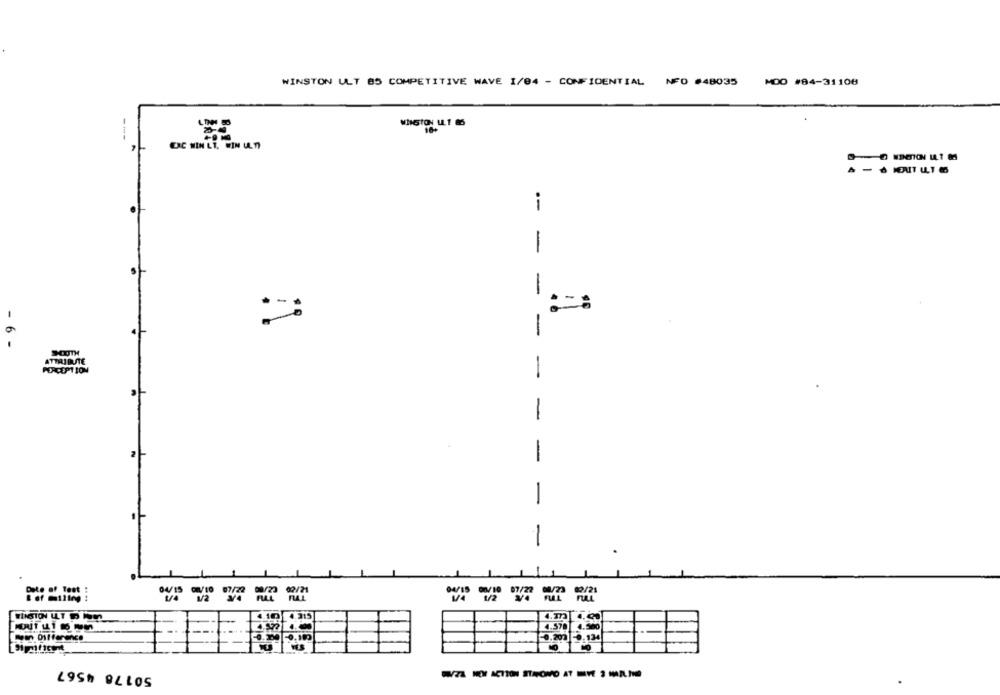
WINSTON ULT 85 COMPETITIVE WAVE 1/04 - CONFIDENTIAL NFO #48035
MDO #84-31108
CRC WIN LT. WIN ULTI
i
.
-
-
- 6 -
SOOTH
ATTRIBUSTE
POACOPTION
-
-
-
04/15 02/10 07/22 08/23 02/21
34
FULL
1/4 1/2
4.10 4.315
...
0.200 -0.124
50178 4567